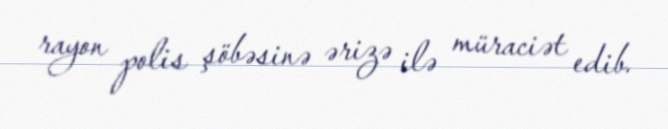
rayon polis şöbəsinə ərizə ilə müraciət edib.